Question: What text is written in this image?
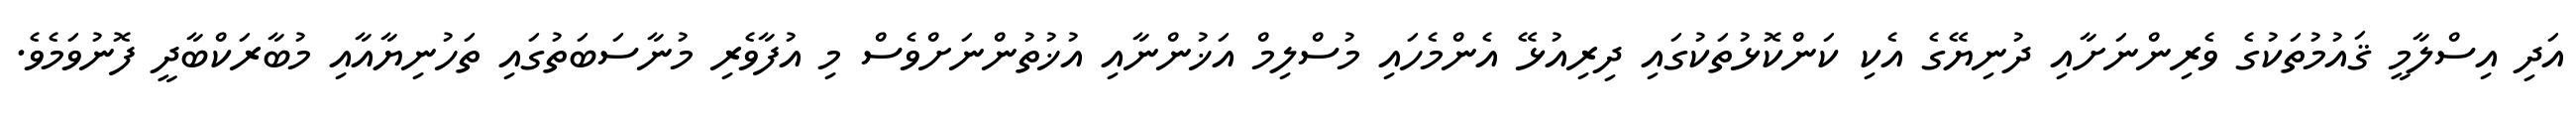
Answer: އަދި އިސްލާމީ ޤައުމުތަކުގެ ވެރިންނަށާއި ދުނިޔޭގެ އެކި ކަންކޮޅުތަކުގައި ދިރިއުޅޭ އެންމެހައި މުސްލިމް އަޚުންނާއި އުޚުތުންނަށްވެސް މި އުފާވެރި މުނާސަބަތުގައި ތަހުނިޔާއާއި މުބާރަކްބާދީ ފޮނުވަމެވެ.